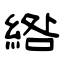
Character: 綹